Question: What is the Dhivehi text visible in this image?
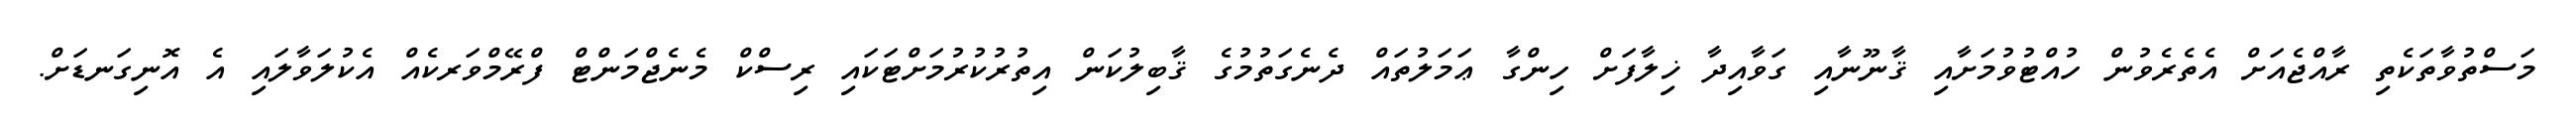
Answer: މަސްތުވާތަކެތި ރާއްޖެއަށް އެތެރެވުން ހުއްޓުވުމަށާއި ޤާނޫނާއި ގަވާއިދާ ޚިލާފަށް ހިންގާ ޢަމަލުތައް ދެނެގަތުމުގެ ޤާބިލުކަން އިތުރުކުރުމަށްޓަކައި ރިސްކް މެނެޖްމަންޓް ފްރޭމްވަރކެއް އެކުލަވާލައި އެ އޮނިގަނޑަށް.